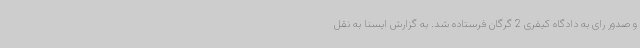
و صدور رای به دادگاه کیفری 2 گرگان فرستاده شد. به گزارش ایسنا به نقل